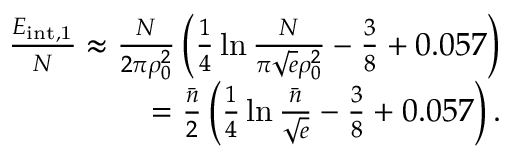
\begin{array} { r } { \frac { E _ { \mathrm { { i n t } , 1 } } } N \approx \frac { N } { 2 \pi \rho _ { 0 } ^ { 2 } } \left( \frac 1 4 \ln \frac N { \pi \sqrt { e } \rho _ { 0 } ^ { 2 } } - \frac 3 8 + 0 . 0 5 7 \right) } \\ { = \frac { \bar { n } } { 2 } \left( \frac 1 4 \ln \frac { \bar { n } } { \sqrt { e } } - \frac 3 8 + 0 . 0 5 7 \right) . } \end{array}